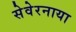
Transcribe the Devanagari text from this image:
सेवेरनाया